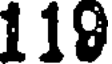
119